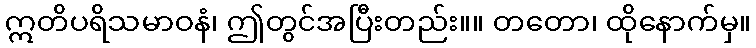
ဣတိပရိသမာဝနံ၊ ဤတွင်အပြီးတည်း။။ တတော၊ ထိုနောက်မှ။